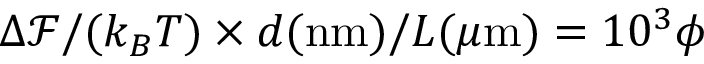
\Delta \mathcal { F } / ( k _ { B } T ) \times d ( \mathrm { n m } ) / L ( \mu \mathrm { m } ) = 1 0 ^ { 3 } \phi